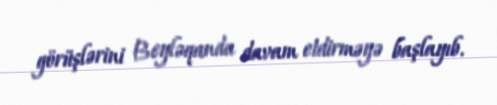
görüşlərini Beyləqanda davam etdirməyə başlayıb.